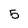
Character: 5